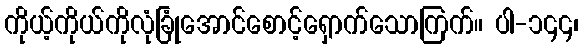
ကိုယ့်ကိုယ်ကိုလုံခြုံအောင်စောင့်ရှောက်သောကြက်။ ပါ-၁၄၄၊